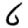
Digit: 6